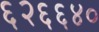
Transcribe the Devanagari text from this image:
६२६६४०